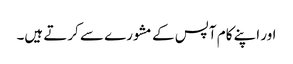
اور اپنے کام آپس کے مشورے سے کرتے ہیں۔